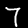
Digit: 7